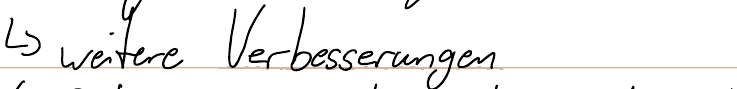
-> weitere Verbesserungen